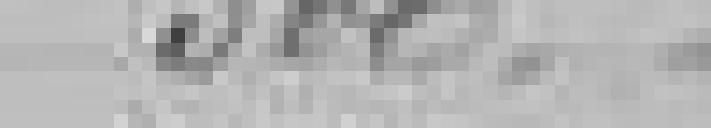
500